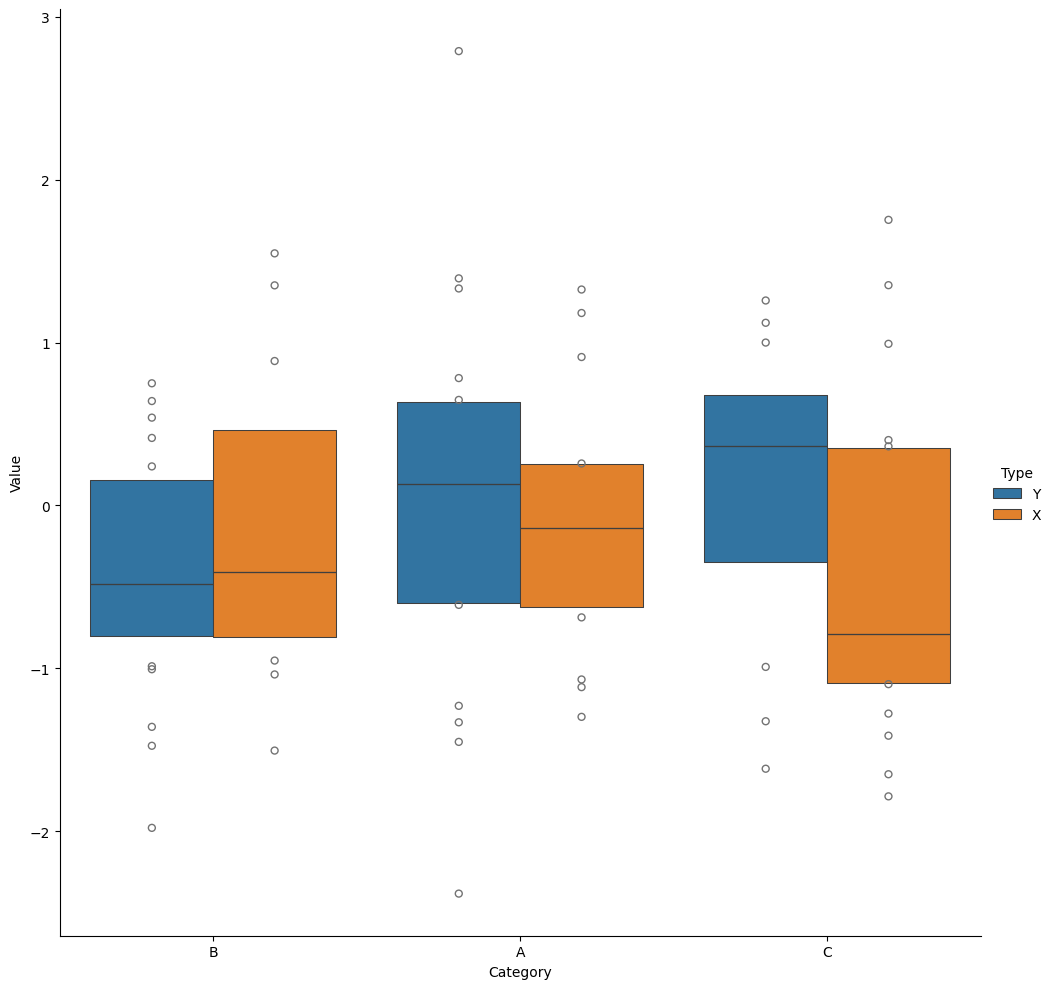
python, seaborn, catplot, kind='boxen', height=10, aspect=1